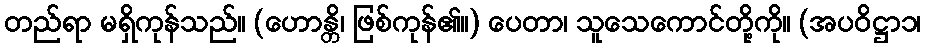
တည်ရာ မရှိကုန်သည်။ (ဟောန္တိ၊ ဖြစ်ကုန်၏။) ပေတာ၊ သူသေကောင်တို့ကို။ (အပဝိဋ္ဌာ၁၊